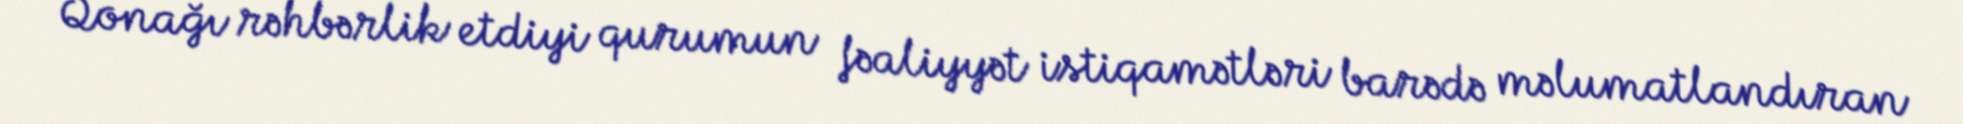
Qonağı rəhbərlik etdiyi qurumun fəaliyyət istiqamətləri barədə məlumatlandıran